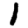
Digit: 1